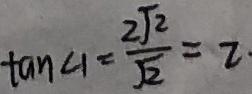
\tan \angle 1 = \frac { 2 \sqrt { 2 } } { \sqrt { 2 } } = 2